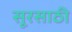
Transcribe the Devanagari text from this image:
सूरसाठी